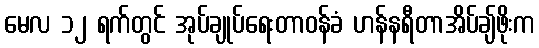
မေလ ၁၂ ရက်တွင် အုပ်ချုပ်ရေးတာဝန်ခံ ဟန်နရီတာအိပ်ချ်ဖိုးက